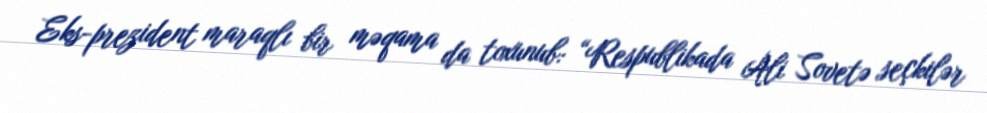
Eks-prezident maraqlı bir məqama da toxunub: “Respublikada Ali Sovetə seçkilər